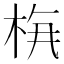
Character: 𱣔